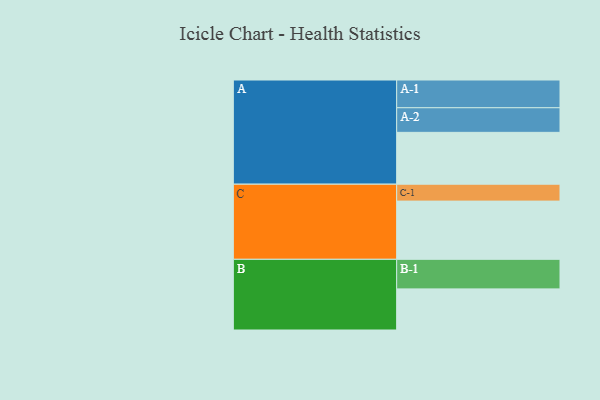
{"axis": {"x": "Segment", "y": "Value"}, "legend": ["", "A", "B", "C"], "data": [{"x": "A", "y": 512, "type": ""}, {"x": "B", "y": 406, "type": ""}, {"x": "C", "y": 575, "type": ""}, {"x": "A-1", "y": 274, "type": "A"}, {"x": "A-2", "y": 243, "type": "A"}, {"x": "B-1", "y": 292, "type": "B"}, {"x": "C-1", "y": 167, "type": "C"}]}